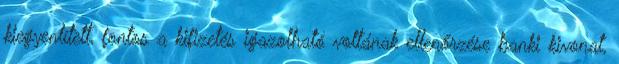
kiegyenlített, fontos a kifizetés igazolható voltának ellenőrzése banki kivonat,